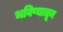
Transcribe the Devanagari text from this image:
भविष्यातून